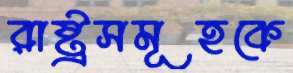
রাষ্ট্রসমূহকে